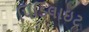
પિડિલાઇટ